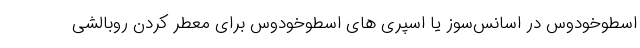
اسطوخودوس در اسانس‌سوز یا اسپری های اسطوخودوس برای معطر کردن روبالشی